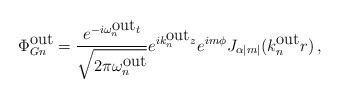
LaTeX: \begin{align*}\Phi_{Gn}^{\mbox{out}}=\frac{e^{-i\omega_n^{\mbox{out}}t}}{\sqrt{2\pi\omega_n^{\mbox{out}}}}e^{ik_n^{\mbox{out}}z}e^{im\phi}J_{\alpha |m|}(k^{\mbox{out}}_nr)\, ,\end{align*}